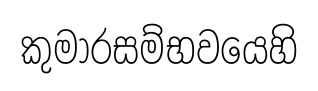
කුමාරසම්භවයෙහි